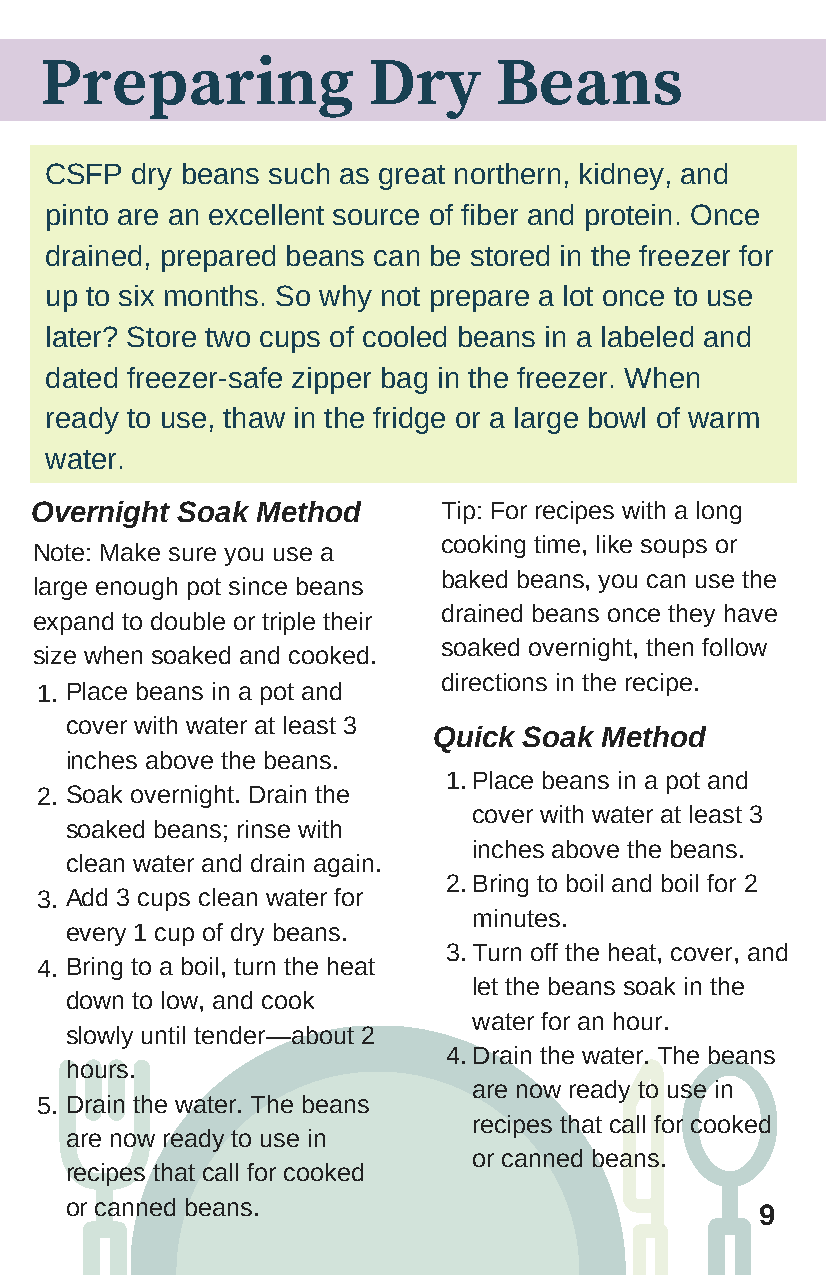
Preparing            Dry      Beans
 CSFP  dry beans such as great northern, kidney, and
 pinto are an excellent source of fiber and protein. Once
 drained, prepared beans can be stored in the freezer for
 up to six months. So why not prepare a lot once to use
 later? Store two cups of cooled beans in a labeled and
 dated freezer-safe zipper bag in the freezer. When
 ready to use, thaw in the fridge or a large bowl of warm
 water.
 Overnight Soak Method      Tip: For recipes with a long
 cooking time, like soups or
 Note: Make sure you use a
 baked beans, you can use the
 large enough pot since beans
 drained beans once they have
 expand to double or triple their
 soaked overnight, then follow
 size when soaked and cooked.
 directions in the recipe.
 1. Place beans in a pot and
 cover with water at least 3
 Quick Soak Method
 inches above the beans.
 1. Place beans in a pot and
 2. Soak overnight. Drain the
 cover with water at least 3
 soaked beans; rinse with
 inches above the beans.
 clean water and drain again.
 2. Bring to boil and boil for 2
 3. Add 3 cups clean water for
 minutes.
 every 1 cup of dry beans.
 3. Turn off the heat, cover, and
 4. Bring to a boil, turn the heat
 let the beans soak in the
 down to low, and cook
 water for an hour.
 slowly until tender—about 2
 4. Drain the water. The beans
 hours.
 are now ready to use in
 5. Drain the water. The beans
 recipes that call for cooked
 are now ready to use in
 or canned beans.
 recipes that call for cooked
 or canned beans.                              9